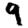
Digit: 9